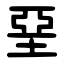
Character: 堊